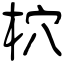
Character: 柼